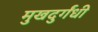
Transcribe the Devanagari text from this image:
मुखदुर्गंधी